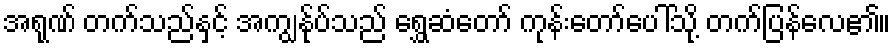
အရုဏ် တက်သည်နှင့် အကျွန်ုပ်သည် ရွှေဆံတော် ကုန်းတော်ပေါ်သို့ တက်ပြန်လေ၏။